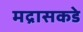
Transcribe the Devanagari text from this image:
मद्रासकडे